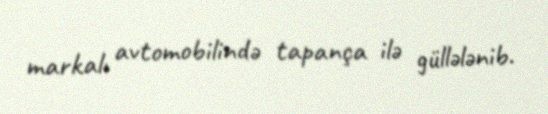
markalı avtomobilində tapança ilə güllələnib.